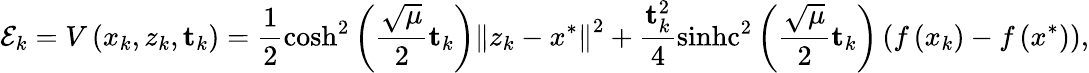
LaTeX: \mathcal{E}_{k}=V\left(x_{k},z_{k},\mathbf{t}_{k}\right)=\frac{1}{2}\cosh^{2}\left(\frac{\sqrt{\mu}}{2}\mathbf{t}_{k}\right)\left\Vert z_{k}-x^{*}\right\Vert^{2}+\frac{\mathbf{t}_{k}^{2}}{4}\operatorname{sinhc}^{2}\left(\frac{\sqrt{\mu}}{2}\mathbf{t}_{k}\right)\left(f\left(x_{k}\right)-f\left(x^{*}\right)\right),